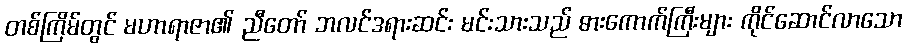
တစ်ကြိမ်တွင် မဟာရာဇာ၏ ညီတော် ဘလင်ဒရားဆင်း မင်းသားသည် ဓားကောက်ကြီးများ ကိုင်ဆောင်လာသော